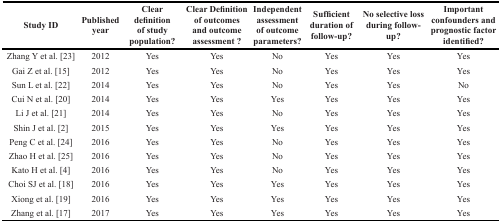
| Study ID | Published year | Clear definition of study population? | Clear Definition of outcomes and outcome assessment ? | Independent assessment of outcome parameters? | Sufficient duration of follow-up? | No selective loss during follow-up? | Important confounders and prognostic factor identified? |
 | --- | --- | --- | --- | --- | --- | --- | --- |
 | Zhang Y et al. [23] | 2012 | Yes | Yes | No | Yes | Yes | Yes |
 | Gai Z et al. [15] | 2012 | Yes | Yes | No | Yes | Yes | Yes |
 | Sun L et al. [22] | 2014 | Yes | Yes | No | Yes | Yes | No |
 | Cui N et al. [20] | 2014 | Yes | Yes | Yes | Yes | Yes | Yes |
 | Li J et al. [21] | 2014 | Yes | Yes | No | Yes | Yes | Yes |
 | Shin J et al. [2] | 2015 | Yes | Yes | Yes | Yes | Yes | Yes |
 | Peng C et al. [24] | 2016 | Yes | Yes | No | Yes | Yes | Yes |
 | Zhao H et al. [25] | 2016 | Yes | Yes | No | Yes | Yes | Yes |
 | Kato H et al. [4] | 2016 | Yes | Yes | No | Yes | Yes | Yes |
 | Choi SJ et al. [18] | 2016 | Yes | Yes | Yes | Yes | Yes | Yes |
 | Xiong et al. [19] | 2016 | Yes | Yes | Yes | Yes | Yes | Yes |
 | Zhang et al. [17] | 2017 | Yes | Yes | Yes | Yes | Yes | Yes |